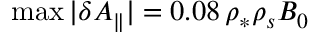
\operatorname* { m a x } | \delta A _ { \parallel } | = 0 . 0 8 \, \rho _ { * } \rho _ { s } B _ { 0 }